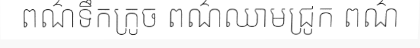
ពណ៌ទឹកក្រូច ពណ៌ឈាមជ្រូក ពណ៌